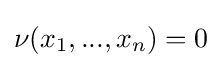
\nu (x_{1},...,x_{n})=0